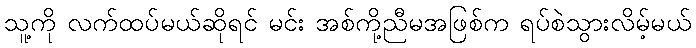
သူ့ကို လက်ထပ်မယ်ဆိုရင် မင်း အစ်ကို့ညီမအဖြစ်က ရပ်စဲသွားလိမ့်မယ်